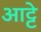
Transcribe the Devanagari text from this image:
आट्टे